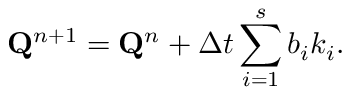
\mathbf { Q } ^ { n + 1 } = \mathbf { Q } ^ { n } + { \Delta t } \sum _ { i = 1 } ^ { s } b _ { i } k _ { i } .